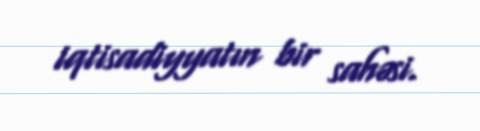
iqtisadiyyatın bir sahəsi.